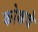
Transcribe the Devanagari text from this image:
कोकचे